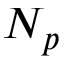
N _ { p }